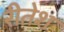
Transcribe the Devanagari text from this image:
रीतेश